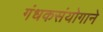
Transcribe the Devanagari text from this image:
गंधकसंयोगाने